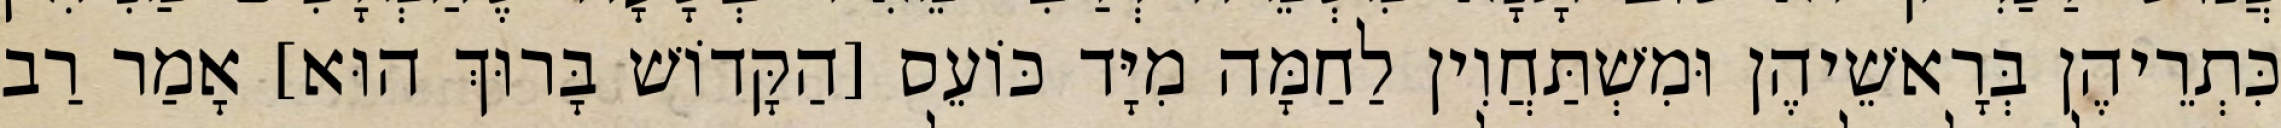
כִּתְרֵיהֶן בְּרָאשֵׁיהֶן וּמִשְׁתַּחֲוִין לַחַמָּה מִיָּד כּוֹעֵס [הַקָּדוֹשׁ בָּרוּךְ הוּא] אָמַר רַב